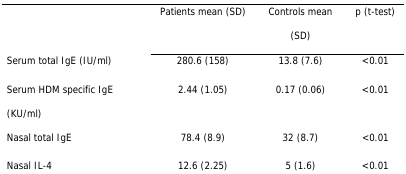
<table><thead><tr><td rowspan="2">[EMPTY_CELL]</td><td><b>Patients mean (SD)</b></td><td><b>Controls mean (SD)</b></td><td><b>p (t-test)</b></td></tr></thead><tbody><tr><td>Serum total IgE (IU/ml)</td><td>280.6 (158)</td><td>13.8 (7.6)</td><td>&lt;0.01</td></tr><tr><td>Serum HDM specific IgE (KU/ml)</td><td>2.44 (1.05)</td><td>0.17 (0.06)</td><td>&lt;0.01</td></tr><tr><td>Nasal total IgE</td><td>78.4 (8.9)</td><td>32 (8.7)</td><td>&lt;0.01</td></tr><tr><td>Nasal IL-4</td><td>12.6 (2.25)</td><td>5 (1.6)</td><td>&lt;0.01</td></tr></tbody></table>